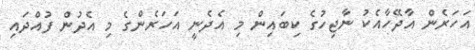
އަހަރެން އާދޭހާއެކު ނާޖިހުގެ ކިބައިން މި އެދެނީ އަހަރެންގެ މި އެދުން ފުއްދައި